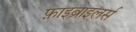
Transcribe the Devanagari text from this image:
फ़ाइब्राइलर्स